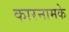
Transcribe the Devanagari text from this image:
कारनामके